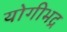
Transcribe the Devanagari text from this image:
योगीभद्र